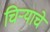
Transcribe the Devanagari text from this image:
चिर्‍याचे